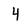
Character: 4